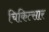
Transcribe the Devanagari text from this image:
चिकित्सार